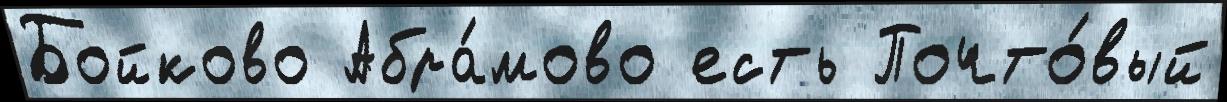
Бойково Абра́мово есть Почто́вый